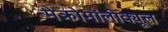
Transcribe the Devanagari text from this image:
मेक्रोमॉलीक्यूल